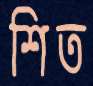
শিত